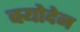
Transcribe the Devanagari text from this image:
क्योदेन